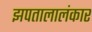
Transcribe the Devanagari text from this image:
झपतालालंकार